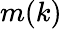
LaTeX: m(k)